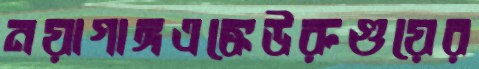
নয়াগাঙ্গএঙ্কেউরুগুয়ের